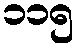
၁၁၅